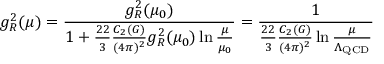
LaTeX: g _ { R } ^ { 2 } ( \mu ) = { \frac { g _ { R } ^ { 2 } ( \mu _ { 0 } ) } { 1 + { \frac { 2 2 } { 3 } } { \frac { C _ { 2 } ( G ) } { ( 4 \pi ) ^ { 2 } } } g _ { R } ^ { 2 } ( \mu _ { 0 } ) \ln { \frac { \mu } { \mu _ { 0 } } } } } = { \frac { 1 } { { \frac { 2 2 } { 3 } } { \frac { C _ { 2 } ( G ) } { ( 4 \pi ) ^ { 2 } } } \ln { \frac { \mu } { \Lambda _ { \mathrm { Q C D } } } } } }